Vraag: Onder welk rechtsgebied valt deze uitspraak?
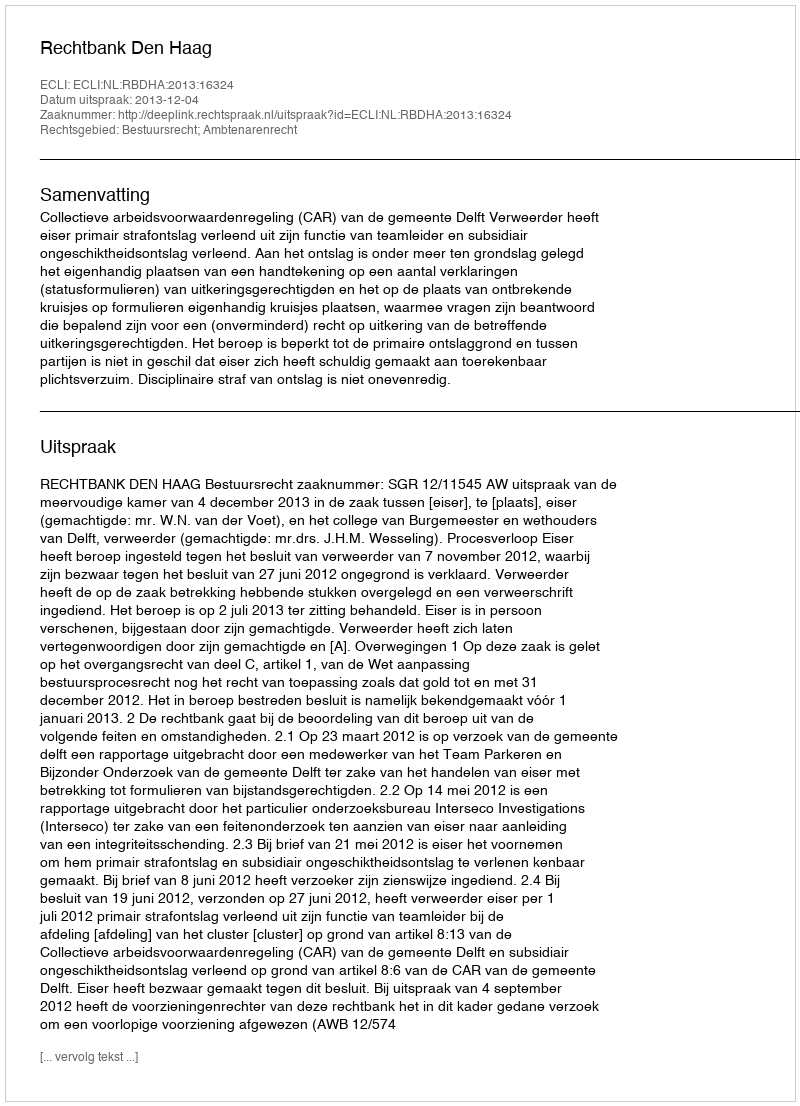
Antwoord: Bestuursrecht; Ambtenarenrecht